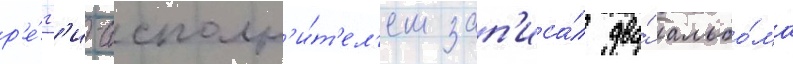
р'е́гг'и-исполн'и́т'ел'ем зап'иса́л два́ альбо́ма